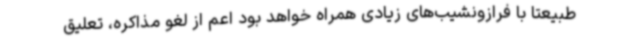
طبیعتا با فرازونشیب‌های زیادی همراه خواهد بود اعم از لغو مذاکره، تعلیق